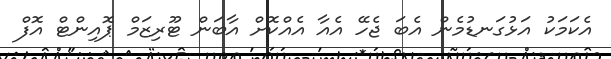
އެކަމަކު އަޅުގަނޑުމެން އެބަ ޖެހޭ އެއާ އެއްކޮށް އާބަން ޓޫރިޒަމް ޕޮއިންޓް އޮފް